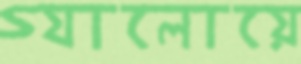
গ্যালোয়ে